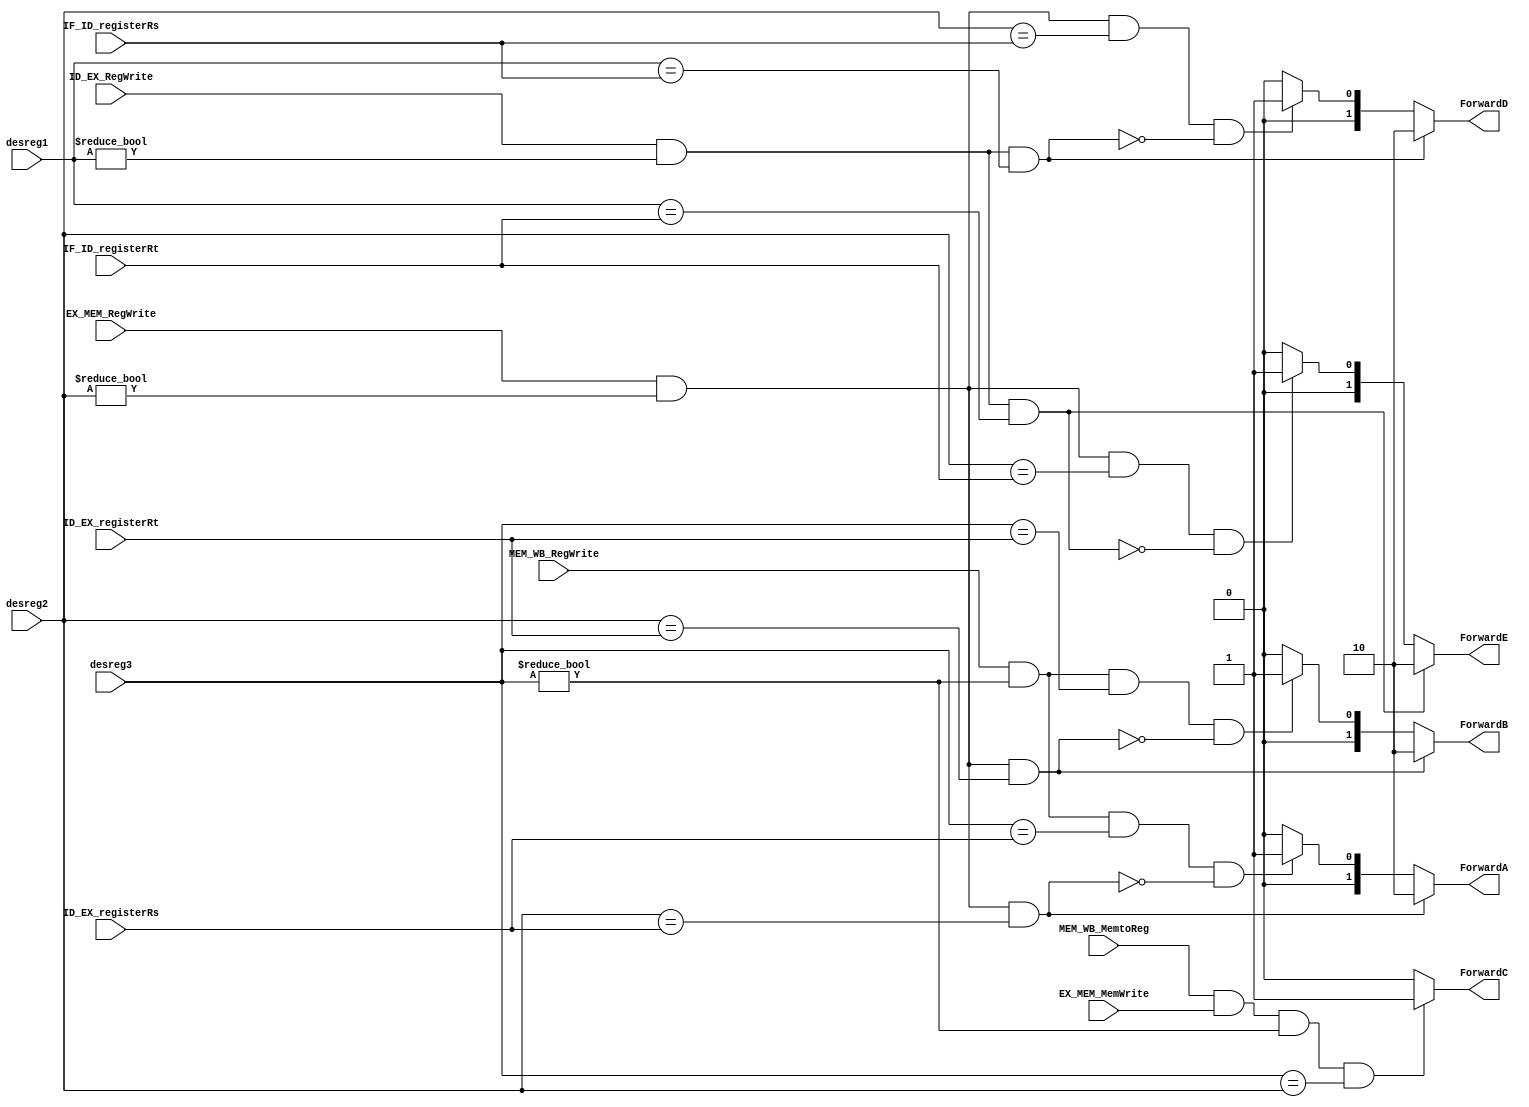
module Forward(input  EX_MEM_RegWrite, MEM_WB_RegWrite, MEM_WB_MemtoReg, EX_MEM_MemWrite,ID_EX_RegWrite,
               input [4:0]   desreg1,   desreg2, ID_EX_registerRs, ID_EX_registerRt, desreg3, IF_ID_registerRs, IF_ID_registerRt,
               output reg  [1:0] ForwardA, ForwardB, ForwardD, ForwardE,
               output  reg      ForwardC
               );
    always @ (*)
      begin
      ///////////////////////////////EX///////////////////////////////////
          if(EX_MEM_RegWrite && (desreg2 != 'd0) && (desreg2 == ID_EX_registerRs))
            ForwardA = 2'b10;
          else if(MEM_WB_RegWrite  && (desreg3!= 'd0) && (desreg3 == ID_EX_registerRs) && ~(EX_MEM_RegWrite && (desreg2 != 'd0) && (desreg2 == ID_EX_registerRs)))
            ForwardA = 2'b01;
          else
            ForwardA = 2'b00;
          
          if(EX_MEM_RegWrite && (desreg2 != 'd0) && (desreg2 == ID_EX_registerRt))
            ForwardB = 2'b10;
         else if (MEM_WB_RegWrite  && (desreg3 !='d0) && (desreg3 == ID_EX_registerRt) && ~ (EX_MEM_RegWrite && (desreg2 != 'd0) && (desreg2 == ID_EX_registerRt)))                
            ForwardB = 2'b01;
          else
            ForwardB = 2'b00;
          //////////////////////////LW  SW ///////////////////////////////
          if (MEM_WB_MemtoReg &&  EX_MEM_MemWrite && desreg3 != 'd0 &&  desreg3 == desreg2)//
            ForwardC = 1'b1;
          else
            ForwardC = 1'b0;
          //LW MEmtoReg RegWriteMEmRead
          ///////////////////////ID//////////////////////////////
          if(ID_EX_RegWrite && (desreg1 != 'd0) && desreg1 == IF_ID_registerRs)
            ForwardD = 2'b10;
          else if(EX_MEM_RegWrite && ( desreg2 != 'd0) && (desreg2 == IF_ID_registerRs) && ~(ID_EX_RegWrite && (desreg1 != 'd0) && (desreg1 == IF_ID_registerRs)))
            
            ForwardD = 2'b01;
          else
            ForwardD = 2'b00;
          if(ID_EX_RegWrite && (desreg1 != 'd0) && desreg1 == IF_ID_registerRt)
            ForwardE = 2'b10;
          else if(EX_MEM_RegWrite && (desreg2 != 'd0) && (desreg2 == IF_ID_registerRt) && ~(ID_EX_RegWrite && (desreg1 != 'd0) && (desreg1 == IF_ID_registerRt)))
              
            ForwardE = 2'b01;
          else
            ForwardE = 2'b00;
          
          
  
      end // always @ (*)
endmodule // Forward